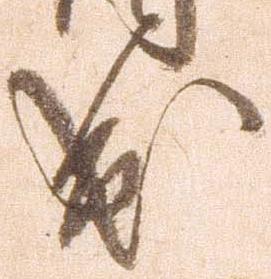
出